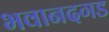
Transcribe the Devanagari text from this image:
भवानदगड